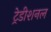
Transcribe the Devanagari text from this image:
ट्रेडीशनल